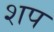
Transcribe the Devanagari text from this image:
शप